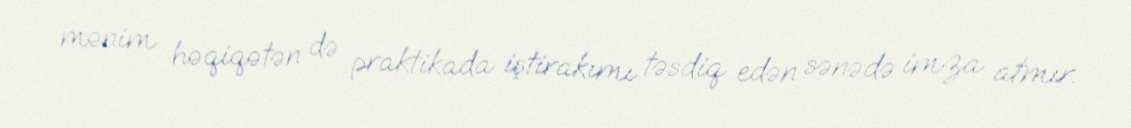
mənim həqiqətən də praktikada iştirakımı təsdiq edən sənədə imza atmır.